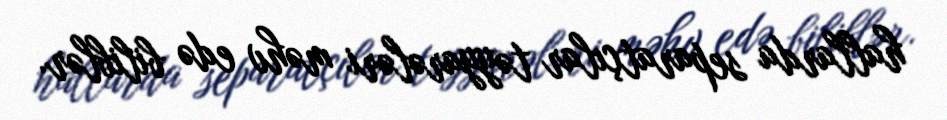
hallarda separatçılar təyyarələri məhv edə biliblər.